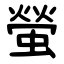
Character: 螢